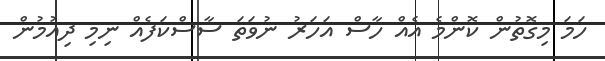
ހަމަ މިގޮތުން ކޮންމެ އެއް ހާސް އަހަރު ނުވަތަ ސާސްކަފެއް ނިމި ދިއުމުން